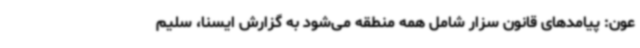
عون: پیامدهای قانون سزار شامل همه منطقه می‌شود به گزارش ایسنا، سلیم